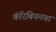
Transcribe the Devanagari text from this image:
कॅरिबियनचा